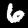
Label: 6